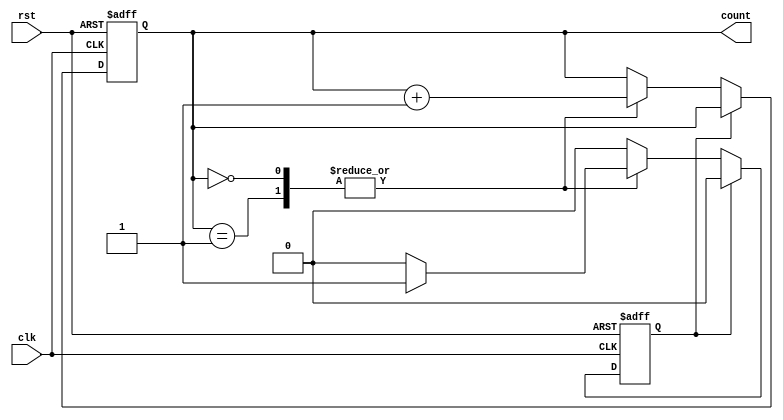
module Loop_with_Skip (
    input wire clk,
    input wire rst,
    output reg [3:0] count
);

reg skip;

always @ (posedge clk or posedge rst) begin
    if (rst) begin
        count <= 4'b0000;
        skip <= 0;
    end else begin
        if (skip) begin
            skip <= 0;
        end else begin
            case (count)
                4'b0000: begin
                    // Code block for iteration 0
                    if (condition_to_skip) begin
                        skip <= 1;
                    end
                    count <= count + 1;
                end
                4'b0001: begin
                    // Code block for iteration 1
                    if (condition_to_skip) begin
                        skip <= 1;
                    end
                    count <= count + 1;
                end
                // Add more iterations as needed
            endcase
        end
    end
end

endmodule